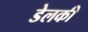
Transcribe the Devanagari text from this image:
डेलकी